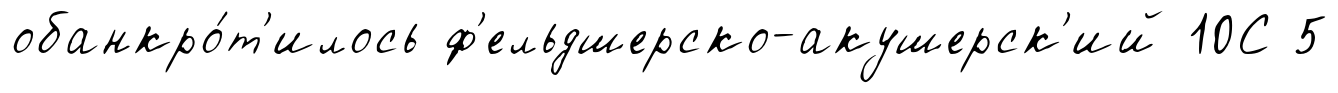
обанкро́т'илось ф'ельдшерско-акушерск'ий 10С 5